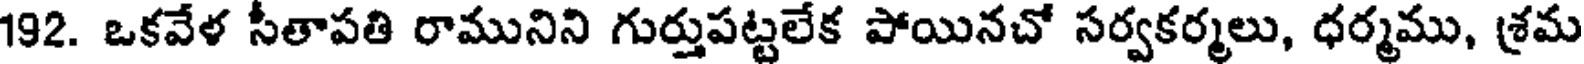
192. ఒకవేళ సీతాపతి రామునిని గుర్తుపట్టలేక పోయినచో సర్వకర్మలు, ధర్మము, శ్రమ